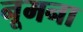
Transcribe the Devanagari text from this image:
नूमना